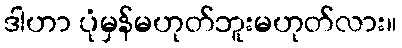
ဒါဟာ ပုံမှန်မဟုတ်ဘူးမဟုတ်လား။